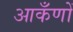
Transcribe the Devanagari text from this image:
आकँणों